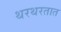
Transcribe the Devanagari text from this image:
थरथरतात